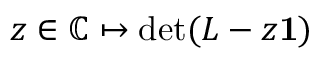
z \in { \mathbb C } \mapsto \operatorname* { d e t } ( L - z { \bf 1 } )